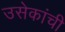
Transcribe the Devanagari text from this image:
उसेकांची